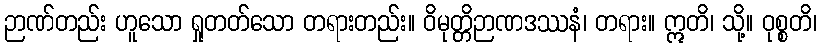
ဉာဏ်တည်း ဟူသော ရှုတတ်သော တရားတည်း။ ဝိမုတ္တိဉာဏဒဿနံ၊ တရား။ ဣတိ၊ သို့။ ဝုစ္စတိ၊